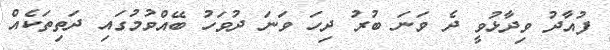
ފުއާދު ވިދާޅުވީ ދެ ވަނަ ބުރު ދިހަ ވަނަ ދުވަހު ބޭއްވުމުގައި ދަތިތަކެއް